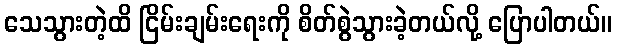
သေသွားတဲ့ထိ ငြိမ်းချမ်းရေးကို စိတ်စွဲသွားခဲ့တယ်လို့ ပြောပါတယ်။